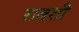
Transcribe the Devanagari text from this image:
राजशी